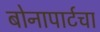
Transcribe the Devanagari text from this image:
बोनापार्टचा